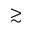
\gtrsim